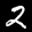
Label: 2